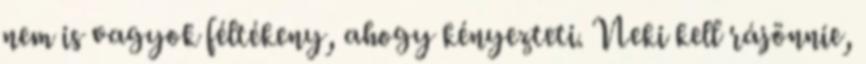
nem is vagyok féltékeny, ahogy kényezteti. Neki kell rájönnie,